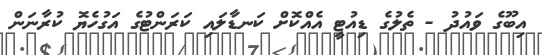
އިބޫގެ ވައުދު - ތެލުގެ ޑިއުޓީ އެއްކޮށް ކަނޑާލައި ކަރަންޓުގެ އަގުހެޔޮ ކުރާނަން